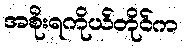
အစိုးရကိုယ်တိုင်က